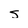
Character: S